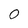
Character: 0